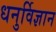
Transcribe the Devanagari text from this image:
धनुर्विज्ञान